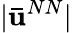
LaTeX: |\mathbf{\bar{u}}^{NN}|